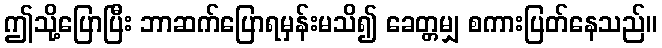
ဤသို့ပြောပြီး ဘာဆက်ပြောရမှန်းမသိ၍ ခေတ္တမျှ စကားပြတ်နေသည်။